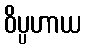
ဝိပ္ပဟာယ